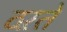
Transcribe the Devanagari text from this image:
ठऱते